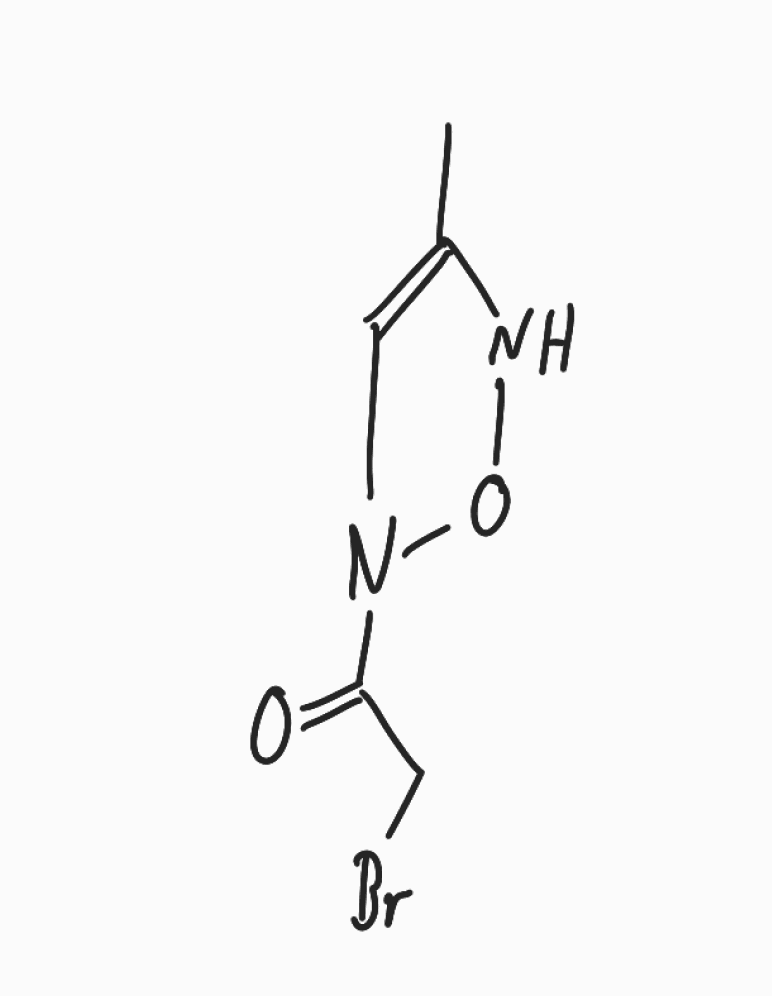
Simplified molecular-input line-entry system (SMILES) notation of the given molecule:
CC1=CN(ON1)C(=O)CBr